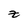
Character: Z